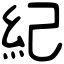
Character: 紀